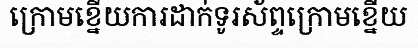
ក្រោមខ្នើយការដាក់ទូរស័ព្ទក្រោមខ្នើយ